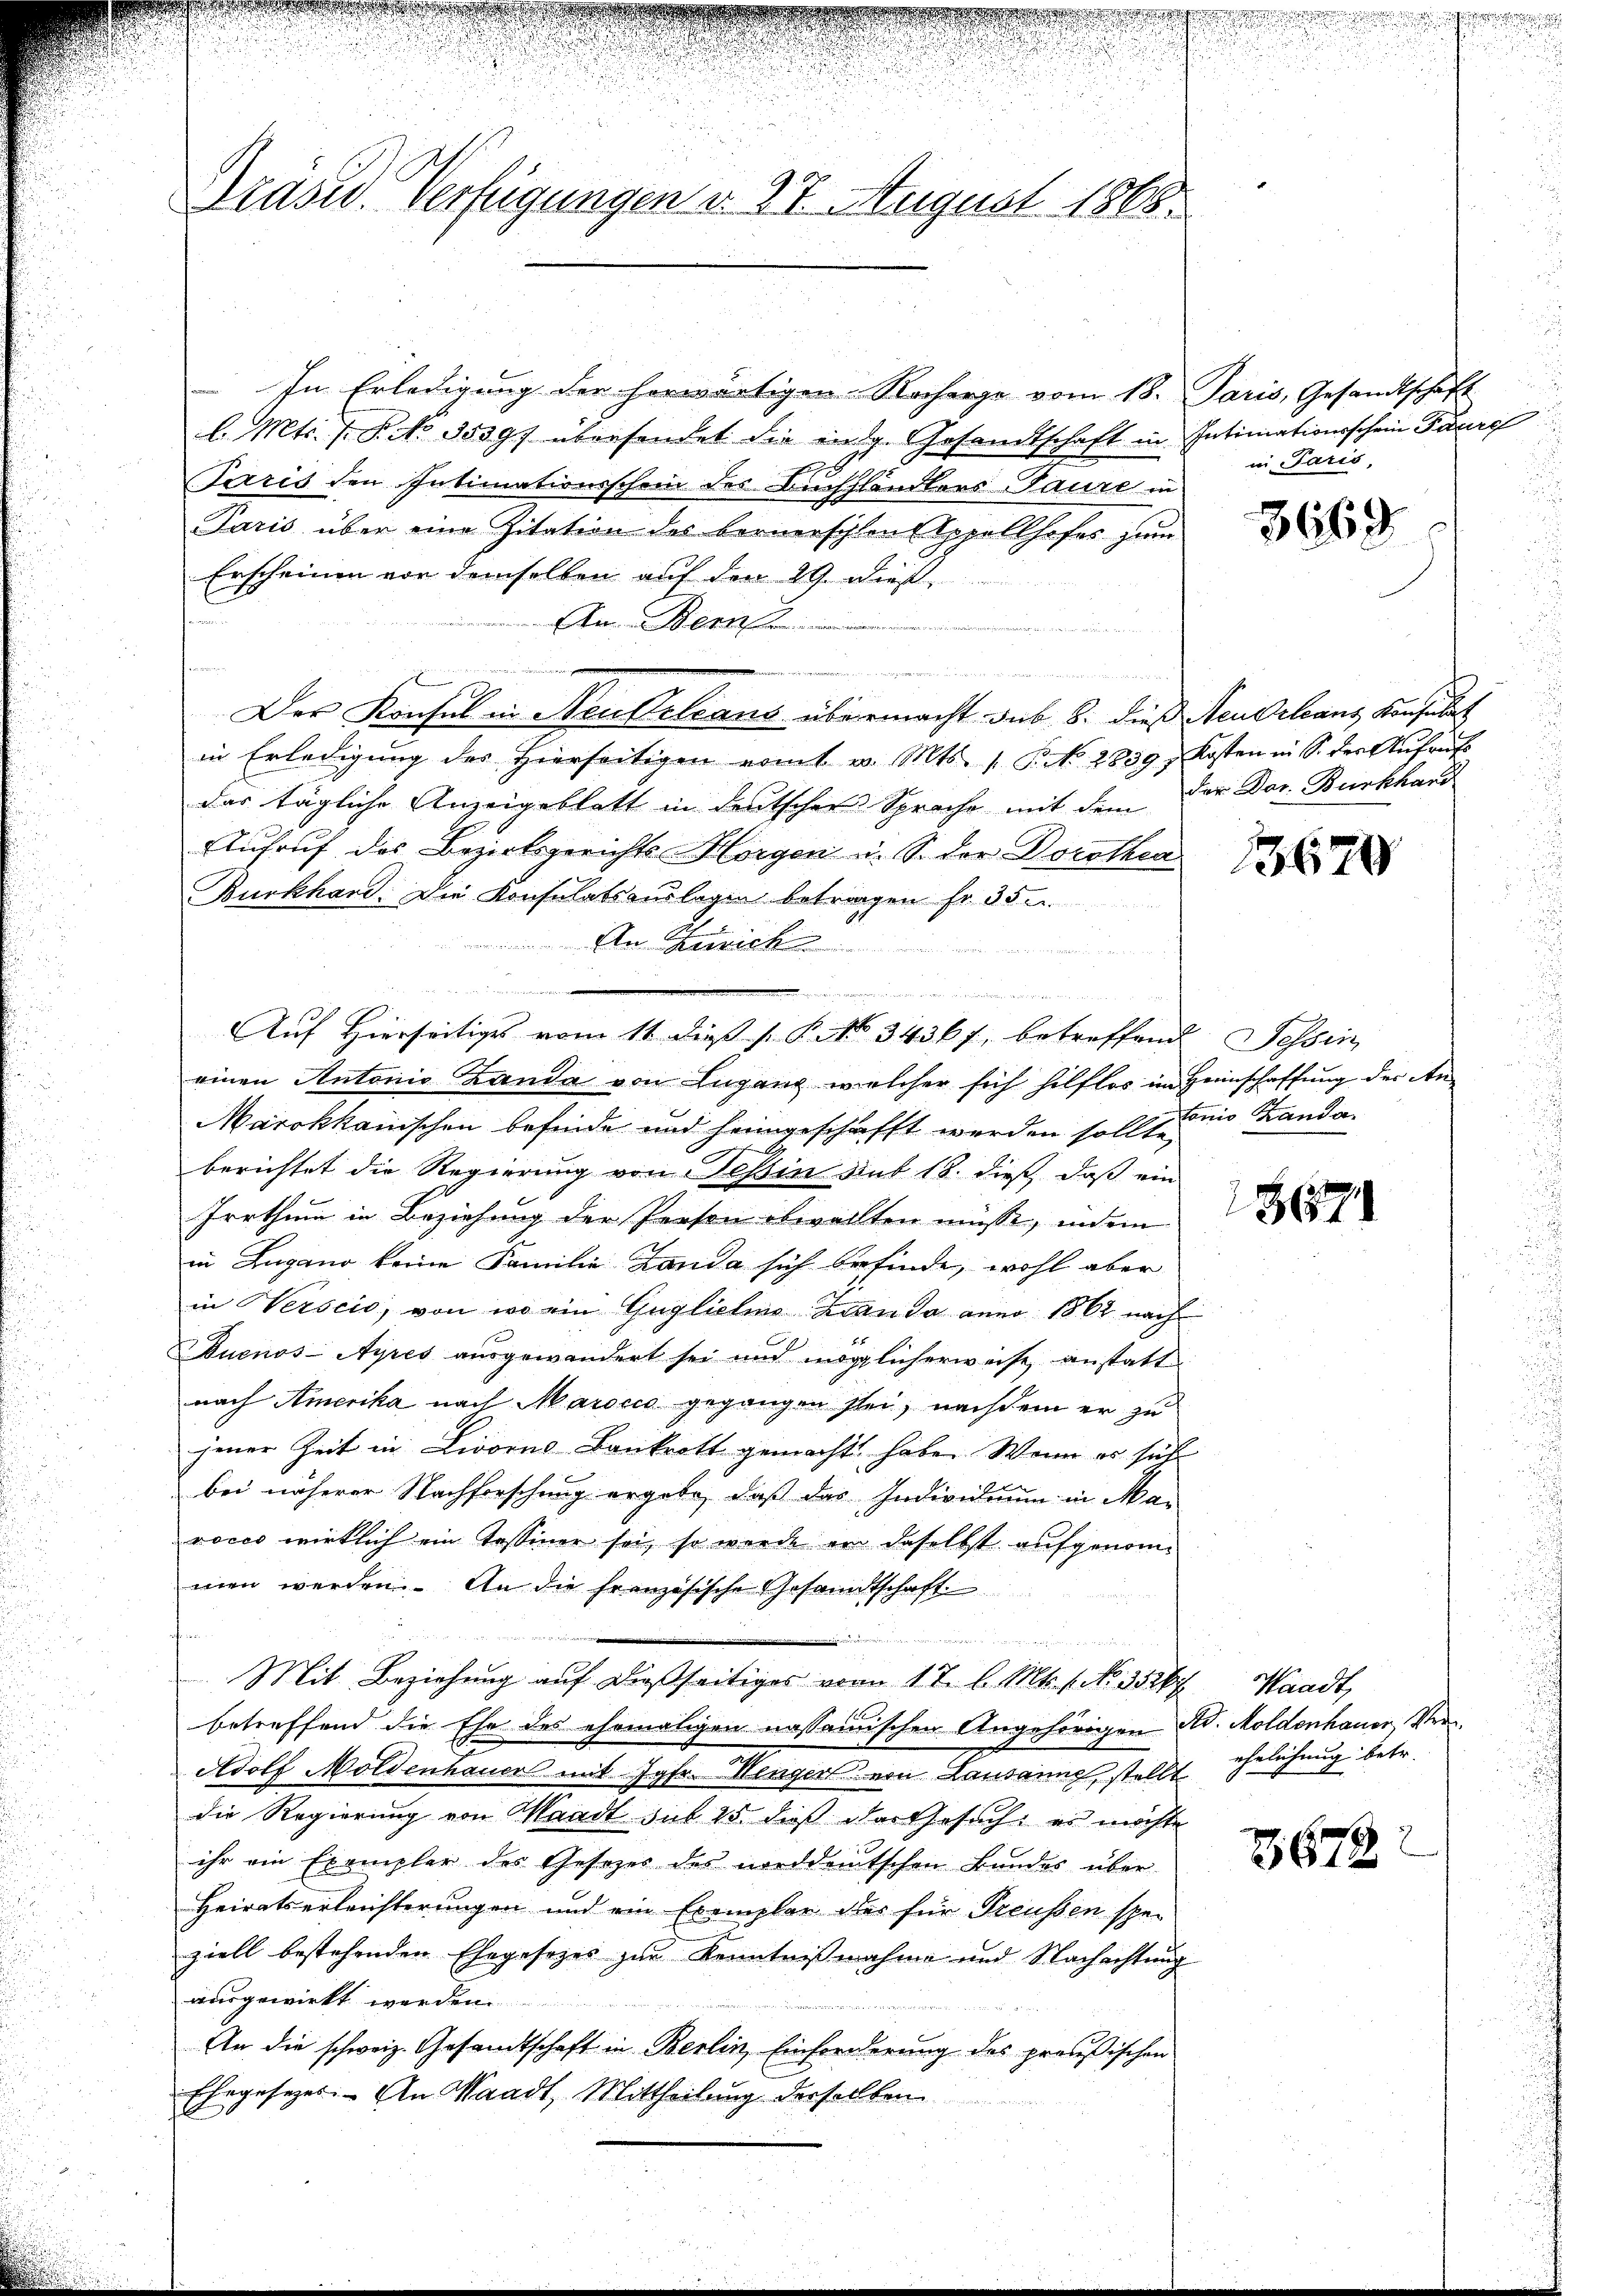
Präsid. Verfügungen v. 27. August 1868.

In Erledigung der herwärtigen Recharge vom 18. Paris, Gesandtschaft
l. Mts. f. P. No 3539f übersendet die ing. Gesandtschaft in Intimationsschein Parere
Paris den Intimationsschein des Buchhändlers Taure in
Paris über eine Zitation des bernerschen Appellhofes zum
Erscheinen vor demselben auf den 29. dieß
s
An Bern

 irgen an den in momen und den
Der Konsul in Neubelcans übermacht sub b. dieß Neuchlans Konfides
in Erledigŭng des hierseitigen vomt v. Mts. 1. P. No. 2839. Kosten in S. der Aufrufs
das tägliche Anzeigeblatt in deutscher Sprache mit dem der Dor. Burkhard
Aufruf des Bezirksgerichts- Horgen u. S. der Dorothea
Burkhard. Die Konsulatsauslagen betragen fr. 35.
 Frick

Auf Hierseitiges vom 11. dieß P. No. 34367, betreffend Tessin
einen Antonis Landa von Lugang welcher sich hilflos im Heimschaffung des An¬
Marokkanischen befinde und heimgeschafft werden sollt und Landa
r
g
berichtet die Regierung von Tessin sub 18. dieß, daß ein
Irrthum in Beziehung der Person obwalten müsse, indem
1
in Zugano keine Familie Landa sich befinde, wohl aber
in Verscio, von wo ein Guglichene Landa anno 1862 nach
Duenos-Ayres ausgewandert sei und möglicherweise, anstatt
nach Amerika nach Marocio gegangen sei, nachdem er zu
jener Zeit in Livorno Bankrott gemacht habe. Wenn es sich
bei näherer Nachforschung ergebe, daß das Individuum in Ma-
voceo wirklich ein Tessiner sei, so werde in daselbst aufgenomwen werden. An die französische Gesandtschaft

Mit Beziehung auf dießseitiges vom 17. l. Mts. 1. No. 352 f. Waadt,
betreffend die Ehe des ehemaligen nassamischen Angehörigen Ad. Holdenhauer, Ver¬
Adolf Moldenhauer mit Jgfr. Wenger von Lausanne stellt
die Regierung von Waadt sub 15. dieß das Gesuch, es möchte
ihr ein Exemplar des Gesezes des norddeutschen Bundes über
Heiratserleichterungen und ein Exemplar dies für Preussen spe-
ziell bestehenden Ehegesezes zur Kenntnißnahme und Nachachtung
ausgewirkt werden.
An die schweiz. Gesandtschaft in Berlin, Einforderung des preußischen
Ehegesezes. An Waadt, Mittheilung derselben

in Paris,

3669

1620

1867

ehelichung betr.

69